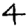
Digit: 4